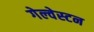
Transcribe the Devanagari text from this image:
गेल्‍वेस्‍टन